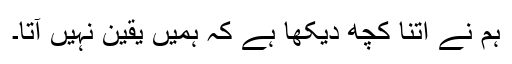
ہم نے اتنا کچھ دیکھا ہے کہ ہمیں یقین نہیں آتا۔